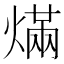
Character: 𰟓